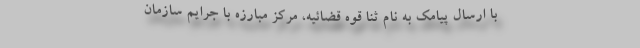
با ارسال پیامک به نام ثنا قوه قضائیه، مرکز مبارزه با جرایم سازمان